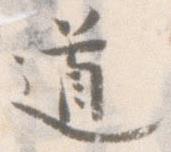
道